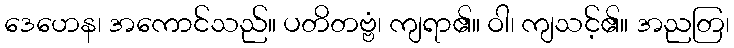
ဒေဟေန၊ အကောင်သည်။ ပတိတဗ္ဗံ၊ ကျရာ၏။ ဝါ၊ ကျသင့်၏။ အညတြ၊